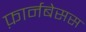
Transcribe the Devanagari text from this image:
फ़ार्नबेसस